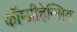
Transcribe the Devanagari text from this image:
कॉम्प्रीहेन्सिव